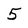
Character: 5